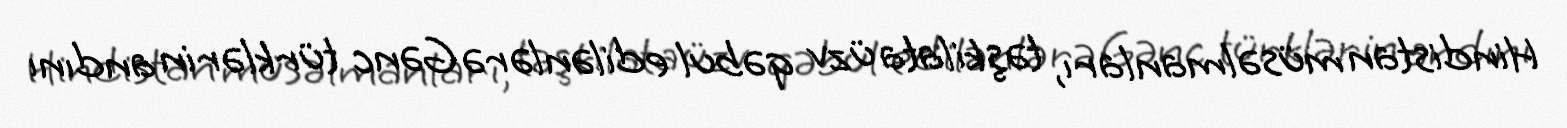
Hindistan müsəlmanları, təşkilata üzv qəbul edilənlərə Gənc türklərin andını